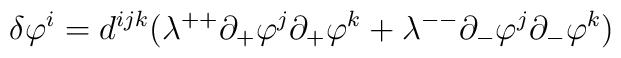
\delta\varphi^i=d^{ijk}(\lambda^{++}\partial_+\varphi^j\partial_+\varphi^k+\lambda^{--}\partial_-\varphi^j\partial_-\varphi^k)